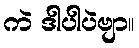
ကဲ ဒါပါပဲဗျာ။